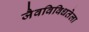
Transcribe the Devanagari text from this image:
जैवविविधतेला